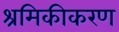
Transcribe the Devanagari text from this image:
श्रमिकीकरण